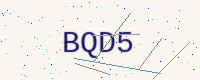
Text: BQD5